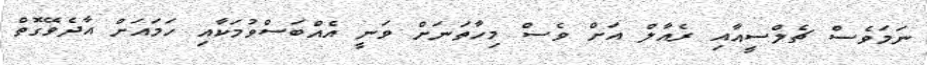
ނަމަވެސް ޗެލްސީއާއި ރެއާލް އަށް ވެސް މިހާތަނަށް ވަނީ އެއްބަސްވުމަކާއި ހަމައަށް އާދެވޭގޮތް